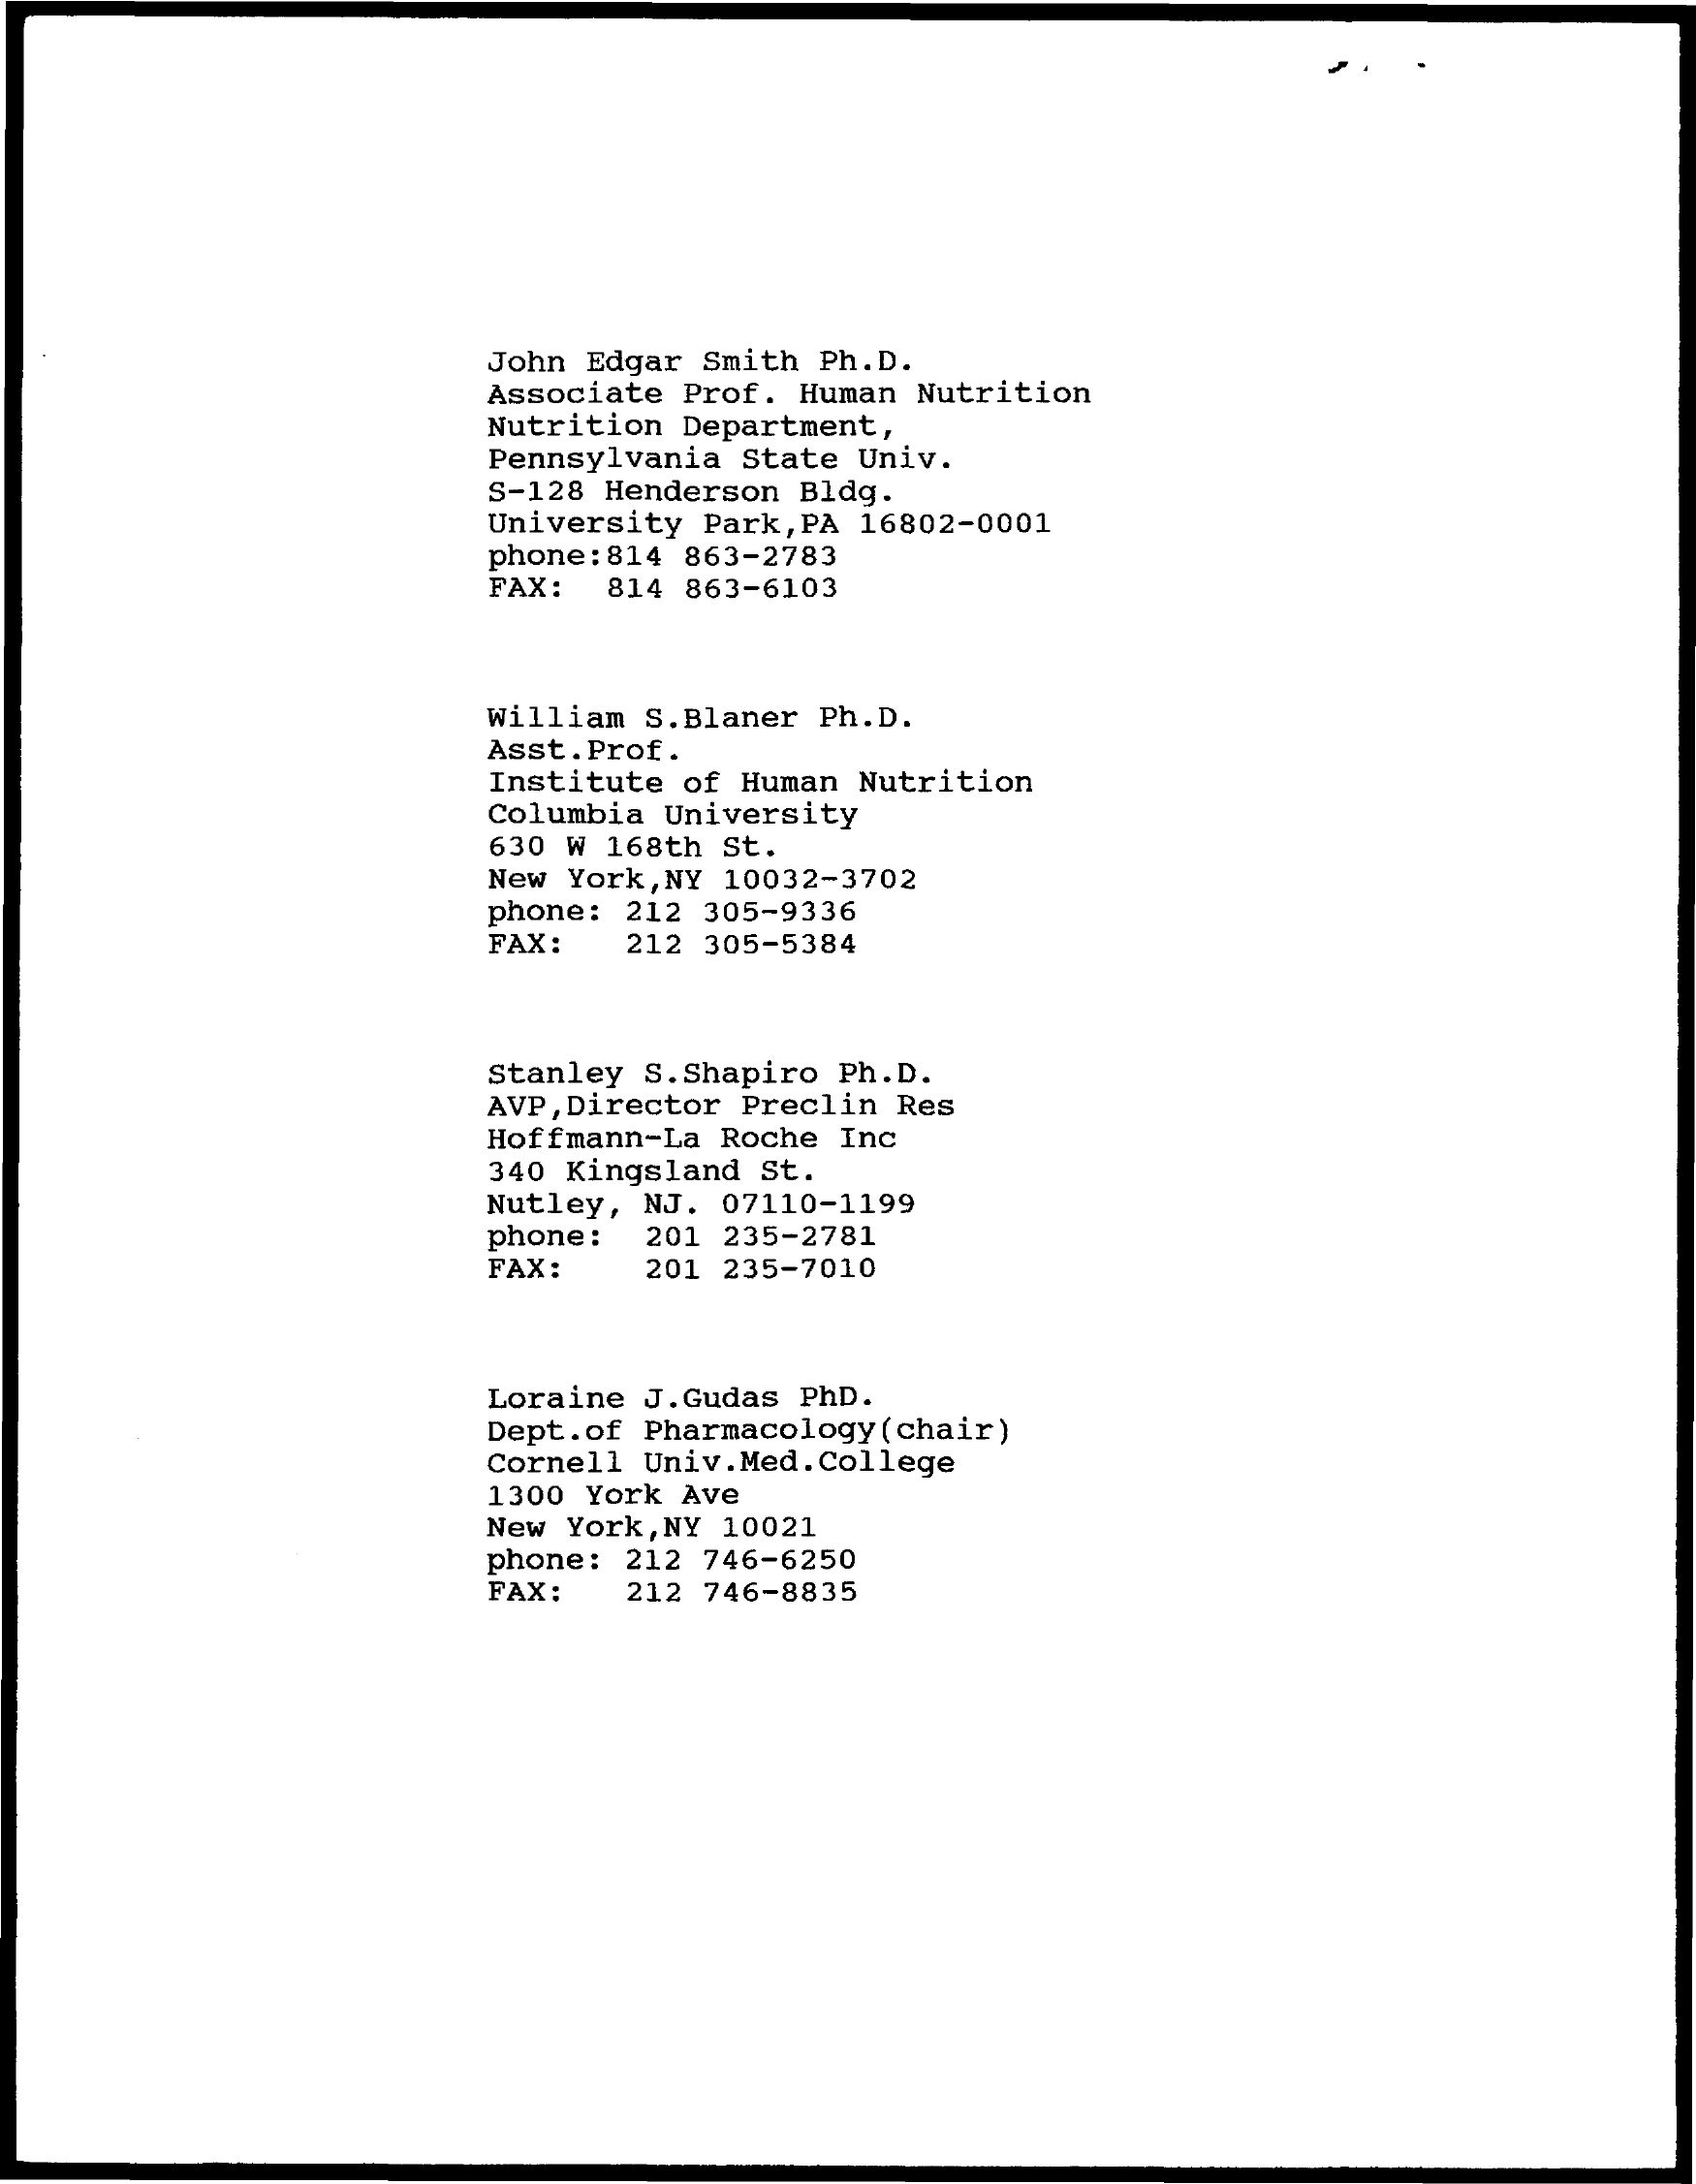
John Edgar Smith Ph.D.
     Associate Prof. Human Nutrition
     Nutrition Department,
     Pennsylvania State Univ.
     S-128 Henderson Bldg.
     University Park, PA 16802-0001
     phone: 814 863-2783
     FAX:  814 863-6103
     William S.Blaner Ph.D.
     Asst. Prof.
     Institute of Human Nutrition
     Columbia University
     630 W 168th St.
     New York, NY 10032-3702
     phone: 212 305-9336
     FAX:  212 305-5384
     Stanley S. Shapiro Ph.D.
     AVP, Director Preclin Res
     Hoffmann-La Roche Inc
     340 Kingsland St.
     Nutley, NJ. 07110-1199
     phone: 201 235-2781
     FAX:   201 235-7010
     Loraine J.Gudas PhD.
     Dept.of Pharmacology (chair)
     Cornell Univ. Med. College
     1300 York Ave
     New York, NY 10021
     phone: 212 746-6250
     FAX:  212 746-8835